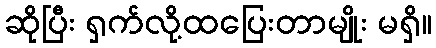
ဆိုပြီး ရှက်လို့ထပြေးတာမျိုး မရှိ။